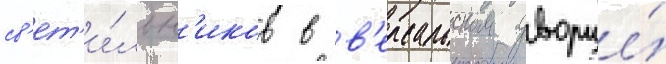
св'ет'и́льн'иков в в'ерсальском дворце́